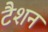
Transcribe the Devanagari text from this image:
टैशन